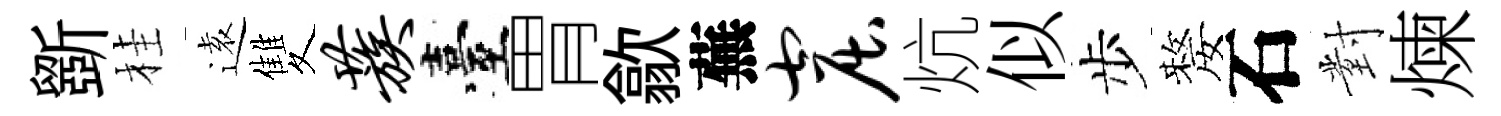
斵桂逺雙蔟臺胃歙蕪窟炕似步嫠石對煉